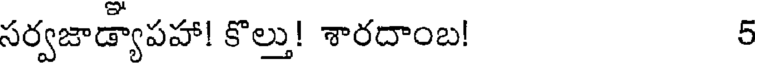
సర్వజాడ్యాపహా! కొల్తు! శారదాంబ! 5